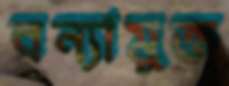
বন্যামুক্ত